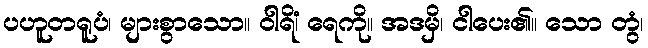
ပဟူတရူပံ၊ များစွာသော။ ဝါရိံ၊ ရေကို။ အဒမှိ၊ ငါပေး၏။ သော တွံ၊